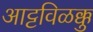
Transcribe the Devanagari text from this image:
आट्टविळक्कु